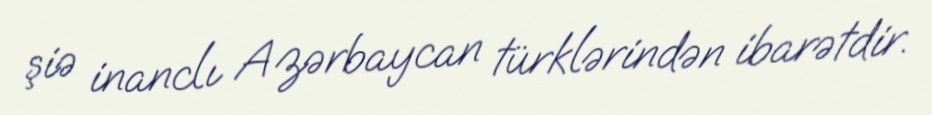
şiə inanclı Azərbaycan türklərindən ibarətdir.